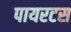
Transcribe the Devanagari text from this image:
पायरटस